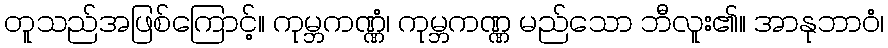
တူသည်အဖြစ်ကြောင့်။ ကုမ္ဘကဏ္ဏံ၊ ကုမ္ဘကဏ္ဏ မည်သော ဘီလူး၏။ အာနုဘာဝံ၊